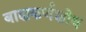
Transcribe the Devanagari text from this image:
बाह्यकर्णशोथ